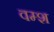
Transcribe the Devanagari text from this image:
वम्श